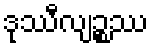
ဒုဿီလျဉ္စဿ